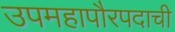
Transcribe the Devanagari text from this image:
उपमहापौरपदाची